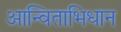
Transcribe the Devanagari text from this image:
आन्विताभिधान